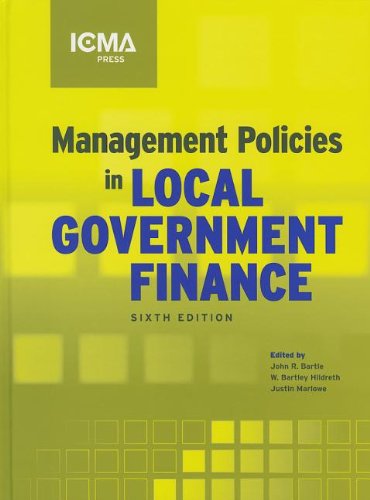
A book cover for Management Policies in Local Government Finance (Municipal Management Series); Business & Money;